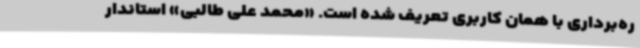
ره‌برداری با همان کاربری تعریف شده است. «محمد علی طالبی» استاندار